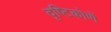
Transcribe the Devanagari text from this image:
दृष्टिकोणें